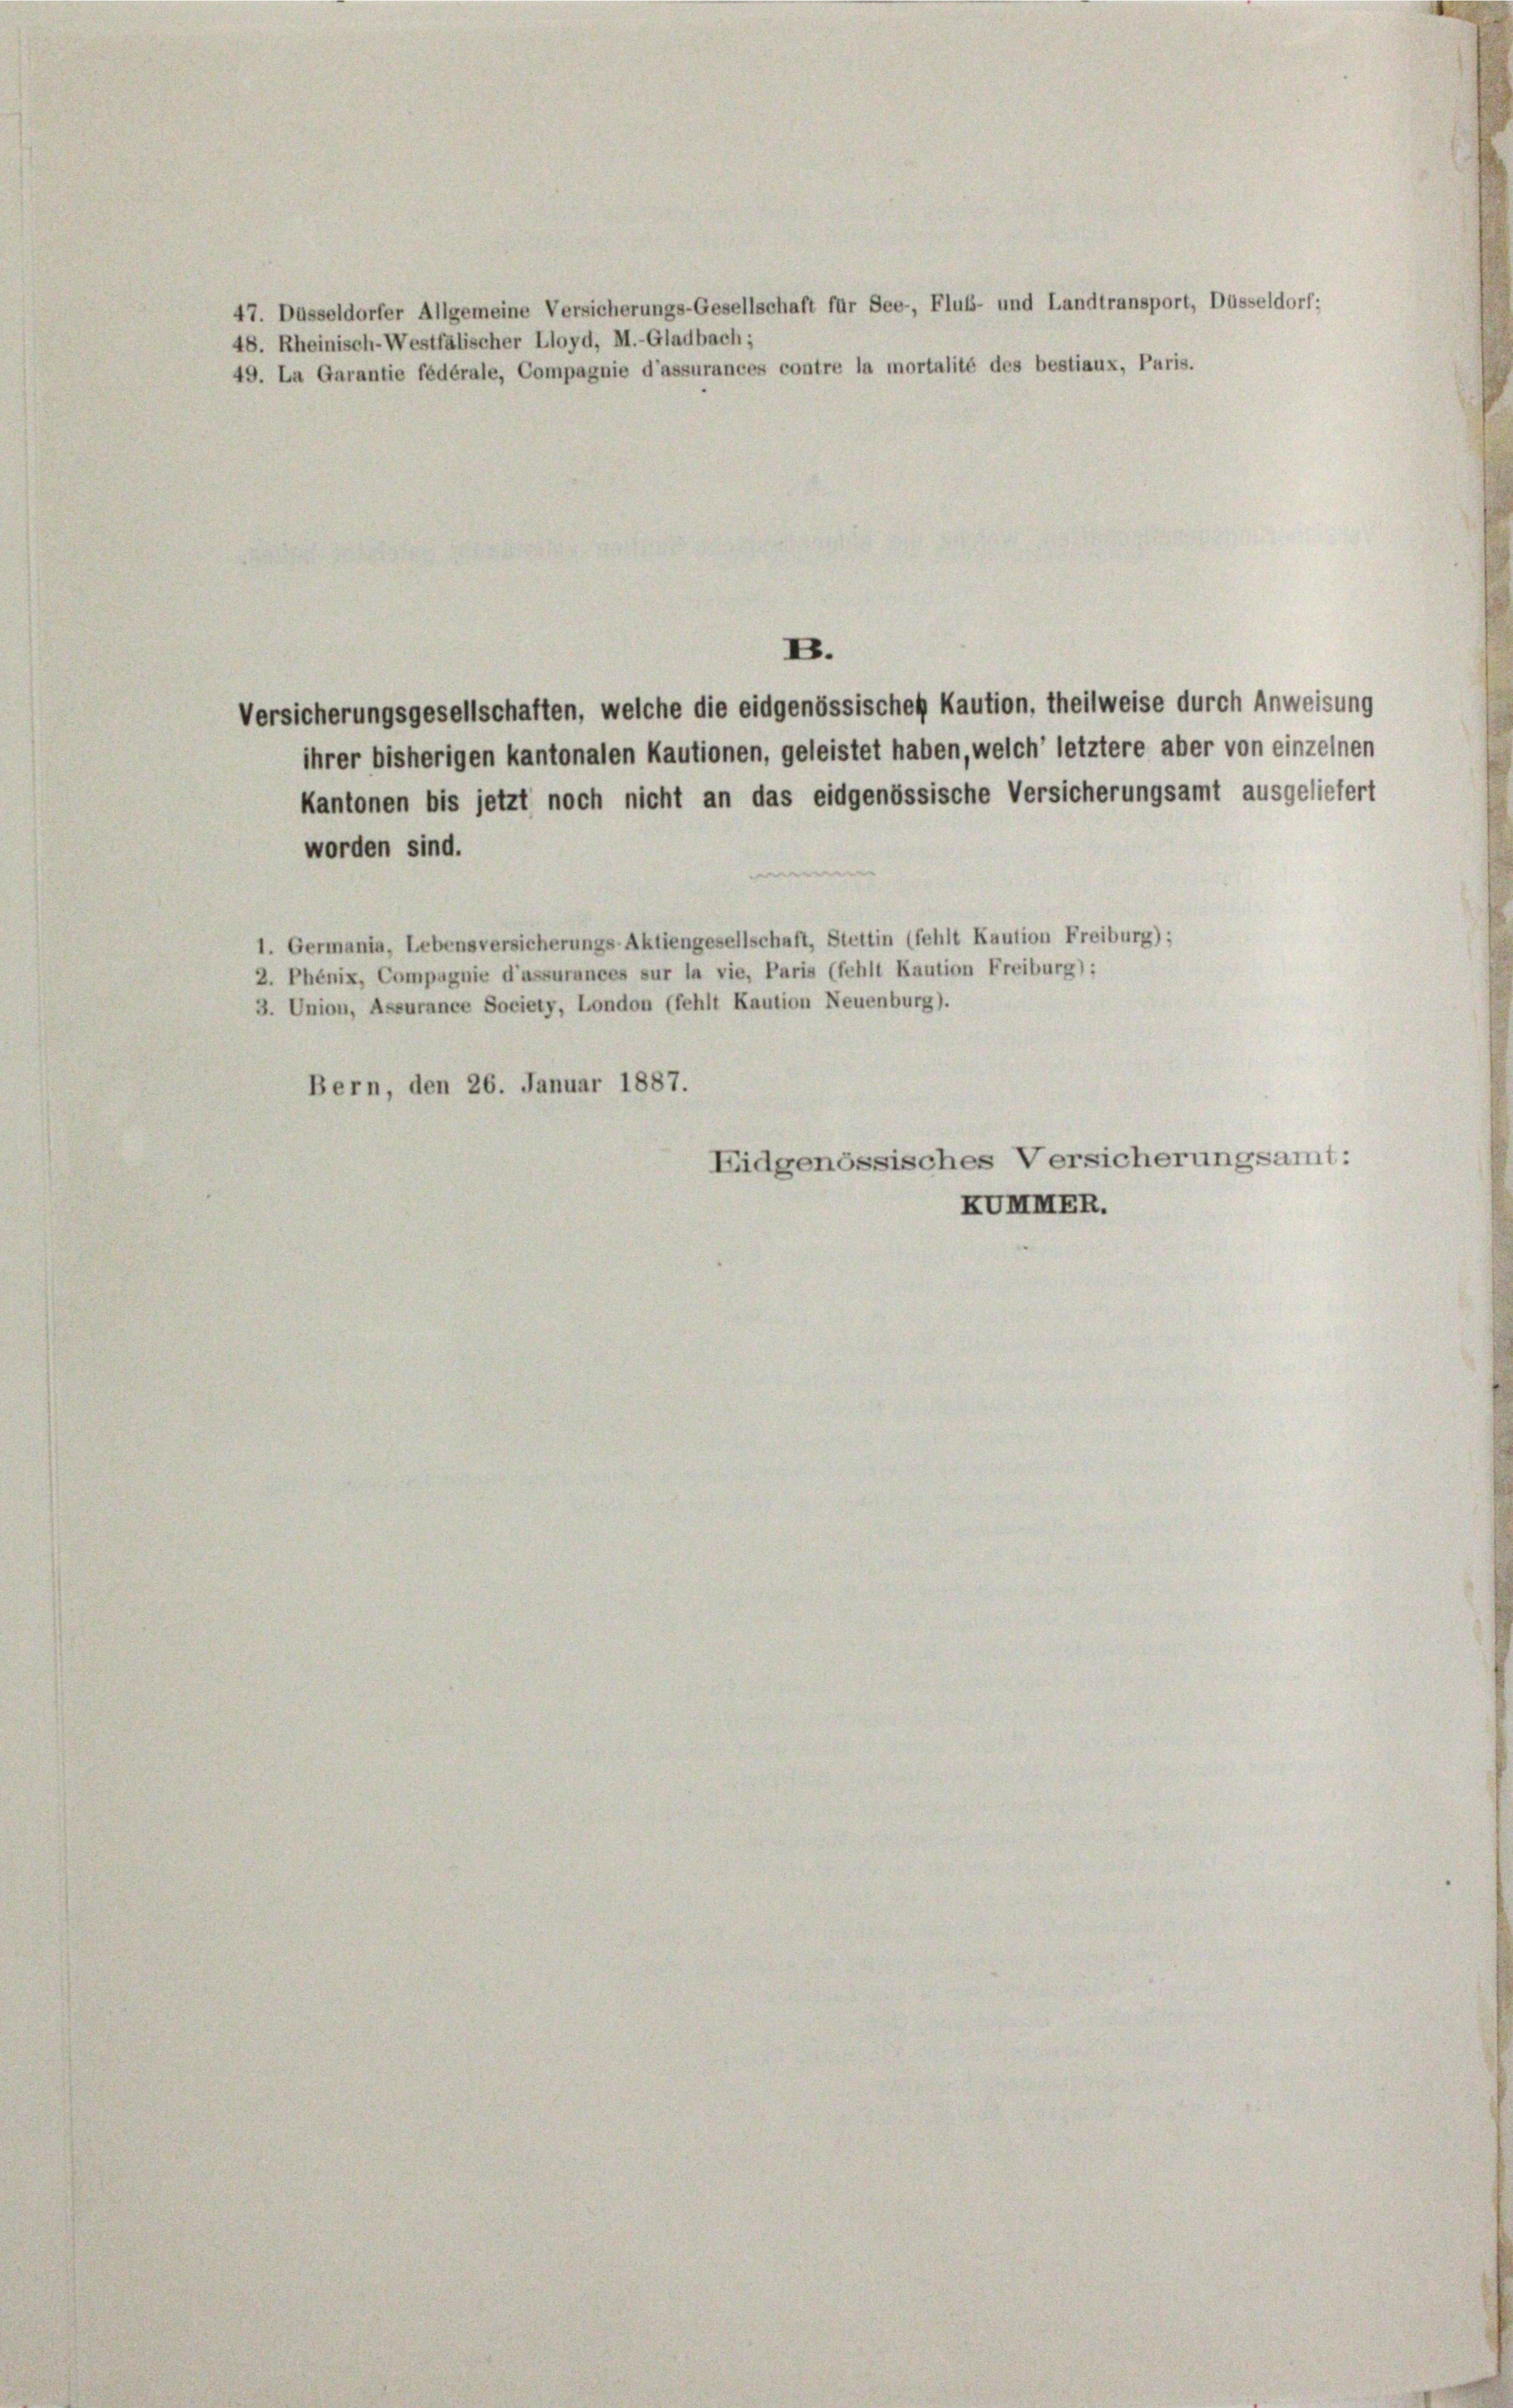
47. Dasseldorfer Allgemeine Versicherungs-Gesellschaft für See, Flub- und Landtransport, Düsseldorf:
48. Rheinisch-Westfalischer Lloyd, M.-Gladbach;
49. La Garantie fédérale, Compagnie d’assurances contre la mortalité des bestiaux, Paris.

Versicherungsgesellschaften, welche die eidgenössischen Kaution, theilweise durch Anweisung
ihrer bisherigen kantonalen Kautionen, geleistet haben, welch’ letztere aber von einzelnen
Kantonen bis jetzt noch nicht an das eidgenössische Versicherungsamt ausgeliefert
worden sind.
1. Germania, Lebensversicherungs-Aktiengesellschaft, Stettin (fehlt Kaution Freiburg);
2. Phénix, Compagnie d’assurances sur la vie, Paris (fehlt Kaution Freiburg):
3. Union, Assurance Society, London (fehlt Kaution Neuenburg).
Bern, den 26. Januar 1887.
Eidgenössisches Versicherungsamt:
KUmMER.

B.